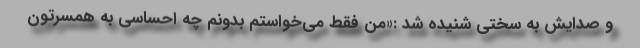
و صدایش به سختی شنیده شد :«من فقط می‌خواستم بدونم چه احساسی به همسرتون